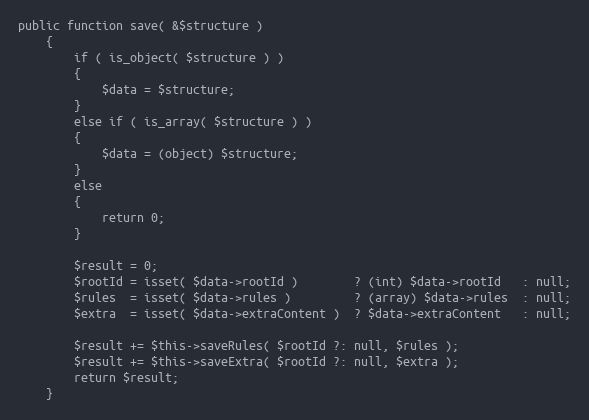
Language: PHP
public function save( &$structure )
    {
        if ( is_object( $structure ) )
        {
            $data = $structure;
        }
        else if ( is_array( $structure ) )
        {
            $data = (object) $structure;
        }
        else
        {
            return 0;
        }

        $result = 0;
        $rootId = isset( $data->rootId )        ? (int) $data->rootId   : null;
        $rules  = isset( $data->rules )         ? (array) $data->rules  : null;
        $extra  = isset( $data->extraContent )  ? $data->extraContent   : null;

        $result += $this->saveRules( $rootId ?: null, $rules );
        $result += $this->saveExtra( $rootId ?: null, $extra );
        return $result;
    }